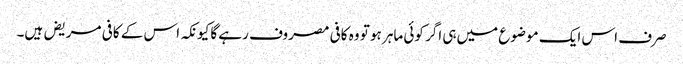
صرف اس ایک موضوع میں‌ہی اگر کوئی ماہر ہو تو وہ کافی مصروف رہے گا کیونکہ اس کے کافی مریض ہیں۔